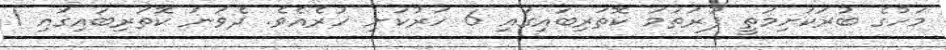
މަހުގެ ބުރަކަށިމަތީ ފުރަތަމަ ކޮތަރިބައިގައި 6 ހަރުކަށި ހުރެއެވެ. ދެވަނަ ކޮތަރިބައިގައި 1